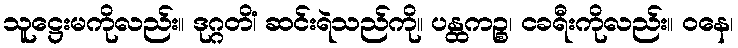
သူဋ္ဌေးမကိုလည်း။ ဒုဂ္ဂတိံ၊ ဆင်းရဲသည်ကို။ ပန္ထကဉ္စ၊ ငခရီးကိုလည်း။ ဝနေ၊